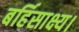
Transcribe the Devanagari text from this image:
बर्हिसाक्ष्य।